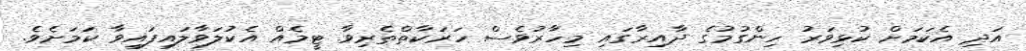
އަދި އެކަމަށް ކުޅިވަރު ހިންގުމުގެ ދާއިރާގައި މިހާރުވެސް ހަރަކާތްތެރިވާ ޓީމެއް އެކުލަވާލައިފައިވާ ކަމަށެވެ.